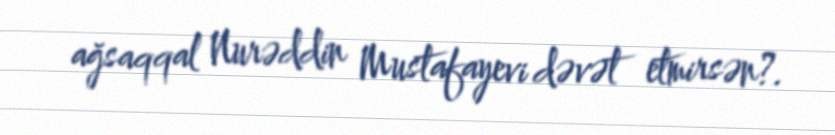
ağsaqqal Nurəddin Mustafayevi dəvət etmirsən?.